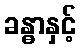
ခန္ဓာနှင့်